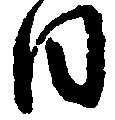
日